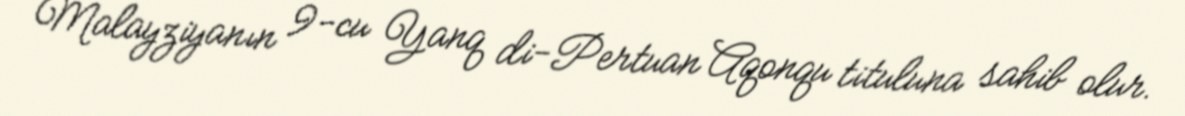
Malayziyanın 9-cu Yanq di-Pertuan Aqonqu tituluna sahib olur.